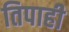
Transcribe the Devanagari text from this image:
तिपाही